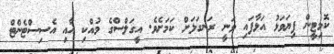
ކޮމިޓީން ފިޔަވަޅު އަޅާފައި ވަނީ ރަނގަޅަށް ކަމަށެވެ. އީގަލްސްގެ މުއްކި އާއި އެސިސްޓެންޓް